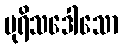
ပုရိသဒေါသော